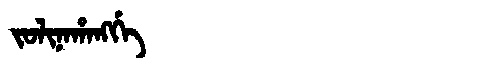
Manchu: ᠵᠣᠯᡳᠨᠠᡥᠠᠩᡤᡝ
Romanization: JOLINAHANGGE